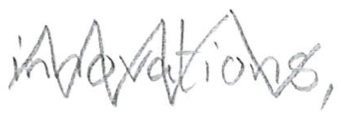
Text: innovations,
Cross-out: zig-zag
Writing tool: pencil